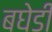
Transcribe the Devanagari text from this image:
बघेडी